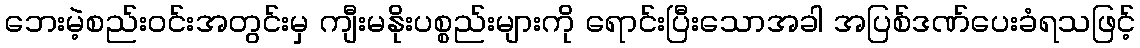
ဘေးမဲ့စည်းဝင်းအတွင်းမှ ကျီးမနိုးပစ္စည်းများကို ရောင်းပြီးသောအခါ အပြစ်ဒဏ်ပေးခံရသဖြင့်